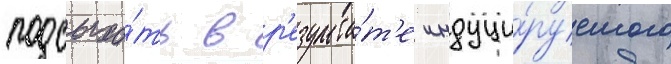
подсыха́ть в р'езульта́т'е индуци́руемого